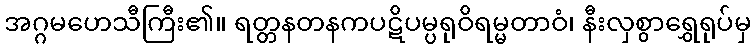
အဂ္ဂမဟေသီကြီး၏။ ရတ္တနတနကပဋိပမ္ပရုဝိရမ္မတာဝံ၊ နီးလှစွာရွှေရုပ်မှ